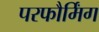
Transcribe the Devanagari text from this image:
परफौर्मिंग